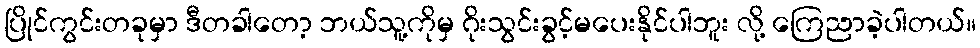
ပြိုင်ကွင်းတခုမှာ ဒီတခါတော့ ဘယ်သူ့ကိုမှ ဂိုးသွင်းခွင့်မပေးနိုင်ပါဘူး လို့ ကြေညာခဲ့ပါတယ်။